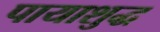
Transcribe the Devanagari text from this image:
पायाशुद्ध